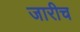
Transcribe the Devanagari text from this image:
जारीच